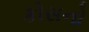
કોસનો